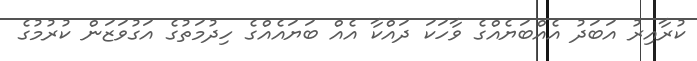
ކުރާއިރު އަބަދު އެއްބަޔެއްގެ ވާހަކަ ދައްކާ އެއް ބަޔައެއްގެ ހިދުމަތުގެ އަގުވަޒަން ކުރުމުގެ